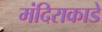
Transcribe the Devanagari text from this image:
मंदिराकाडे